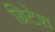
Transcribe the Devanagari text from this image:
ब्रिटेश